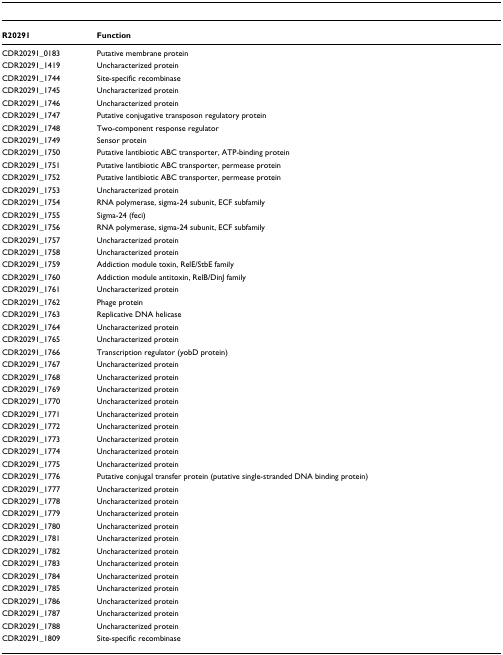
<table><thead><tr><td><b>R20291</b></td><td><b>Function</b></td></tr></thead><tbody><tr><td>CDR20291_0183</td><td>Putative membrane protein</td></tr><tr><td>CDR20291_1419</td><td>Uncharacterized protein</td></tr><tr><td>CDR20291_1744</td><td>Site-specific recombinase</td></tr><tr><td>CDR20291_1745</td><td>Uncharacterized protein</td></tr><tr><td>CDR20291_1746</td><td>Uncharacterized protein</td></tr><tr><td>CDR20291_1747</td><td>Putative conjugative transposon regulatory protein</td></tr><tr><td>CDR20291_1748</td><td>Two-component response regulator</td></tr><tr><td>CDR20291_1749</td><td>Sensor protein</td></tr><tr><td>CDR20291_1750</td><td>Putative lantibiotic ABC transporter, ATP-binding protein</td></tr><tr><td>CDR20291_1751</td><td>Putative lantibiotic ABC transporter, permease protein</td></tr><tr><td>CDR20291_1752</td><td>Putative lantibiotic ABC transporter, permease protein</td></tr><tr><td>CDR20291_1753</td><td>Uncharacterized protein</td></tr><tr><td>CDR20291_1754</td><td>RNA polymerase, sigma-24 subunit, ECF subfamily</td></tr><tr><td>CDR20291_1755</td><td>Sigma-24 (feci)</td></tr><tr><td>CDR20291_1756</td><td>RNA polymerase, sigma-24 subunit, ECF subfamily</td></tr><tr><td>CDR20291_1757</td><td>Uncharacterized protein</td></tr><tr><td>CDR20291_1758</td><td>Uncharacterized protein</td></tr><tr><td>CDR20291_1759</td><td>Addiction module toxin, RelE/StbE family</td></tr><tr><td>CDR20291_1760</td><td>Addiction module antitoxin, RelB/DinJ family</td></tr><tr><td>CDR20291_1761</td><td>Uncharacterized protein</td></tr><tr><td>CDR20291_1762</td><td>Phage protein</td></tr><tr><td>CDR20291_1763</td><td>Replicative DNA helicase</td></tr><tr><td>CDR20291_1764</td><td>Uncharacterized protein</td></tr><tr><td>CDR20291_1765</td><td>Uncharacterized protein</td></tr><tr><td>CDR20291_1766</td><td>Transcription regulator (yobD protein)</td></tr><tr><td>CDR20291_1767</td><td>Uncharacterized protein</td></tr><tr><td>CDR20291_1768</td><td>Uncharacterized protein</td></tr><tr><td>CDR20291_1769</td><td>Uncharacterized protein</td></tr><tr><td>CDR20291_1770</td><td>Uncharacterized protein</td></tr><tr><td>CDR20291_1771</td><td>Uncharacterized protein</td></tr><tr><td>CDR20291_1772</td><td>Uncharacterized protein</td></tr><tr><td>CDR20291_1773</td><td>Uncharacterized protein</td></tr><tr><td>CDR20291_1774</td><td>Uncharacterized protein</td></tr><tr><td>CDR20291_1775</td><td>Uncharacterized protein</td></tr><tr><td>CDR20291_1776</td><td>Putative conjugal transfer protein (putative single-stranded DNA binding protein)</td></tr><tr><td>CDR20291_1777</td><td>Uncharacterized protein</td></tr><tr><td>CDR20291_1778</td><td>Uncharacterized protein</td></tr><tr><td>CDR20291_1779</td><td>Uncharacterized protein</td></tr><tr><td>CDR20291_1780</td><td>Uncharacterized protein</td></tr><tr><td>CDR20291_1781</td><td>Uncharacterized protein</td></tr><tr><td>CDR20291_1782</td><td>Uncharacterized protein</td></tr><tr><td>CDR20291_1783</td><td>Uncharacterized protein</td></tr><tr><td>CDR20291_1784</td><td>Uncharacterized protein</td></tr><tr><td>CDR20291_1785</td><td>Uncharacterized protein</td></tr><tr><td>CDR20291_1786</td><td>Uncharacterized protein</td></tr><tr><td>CDR20291_1787</td><td>Uncharacterized protein</td></tr><tr><td>CDR20291_1788</td><td>Uncharacterized protein</td></tr><tr><td>CDR20291_1809</td><td>Site-specific recombinase</td></tr></tbody></table>